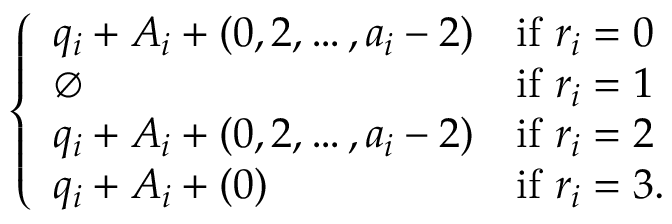
\left\{ \begin{array} { l l } { q _ { i } + A _ { i } + ( 0 , 2 , \dots , a _ { i } - 2 ) } & { \mathrm { i f ~ } r _ { i } = 0 } \\ { \emptyset } & { \mathrm { i f ~ } r _ { i } = 1 } \\ { q _ { i } + A _ { i } + ( 0 , 2 , \dots , a _ { i } - 2 ) } & { \mathrm { i f ~ } r _ { i } = 2 } \\ { q _ { i } + A _ { i } + ( 0 ) } & { \mathrm { i f ~ } r _ { i } = 3 . } \end{array} \right.